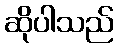
ဆိုပါသည်